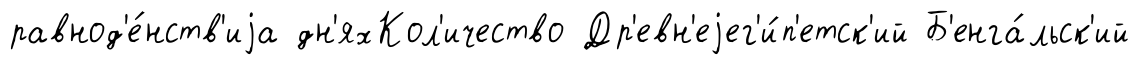
равнод'е́нств'иjа дн'яхКол'ичество Др'евн'еjег'и́п'етск'ий Б'енга́льск'ий